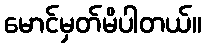
မောင်မှတ်မိပါတယ်။